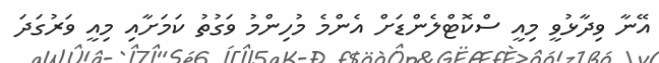
އޭނާ ވިދާޅުވީ މިއީ ސްކޮޓްލެންޑަށް އެންމެ މުހިންމު ވަގުތު ކަމަށާއި މިއީ ވަރުގަދަ